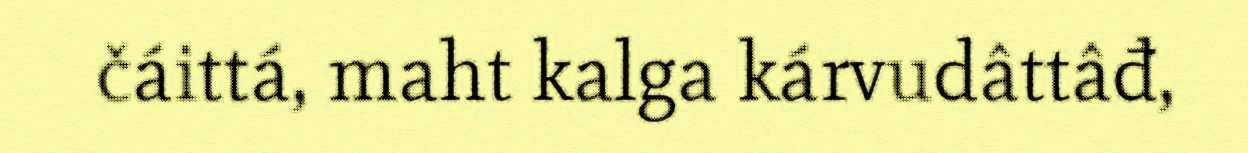
čáittá, maht kalga kárvudâttâđ,